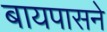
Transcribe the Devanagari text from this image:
बायपासने